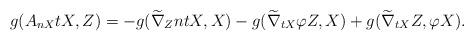
LaTeX: \begin{align*}g(A_{nX}tX,Z)=-g(\widetilde\nabla_{Z}ntX, X)-g(\widetilde\nabla_{tX}\varphi Z, X)+g(\widetilde\nabla_{tX}Z, \varphi X).\end{align*}